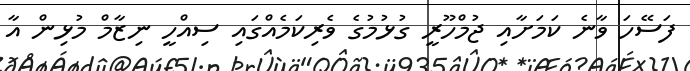
ފަސޭހަ ވާނެ ކަމަށާއި ޖުމްހޫރީ ގުޅުމުގެ ވެރިކަމެއްގައި ސިއްހީ ނިޒާމް މުޅިން އާ